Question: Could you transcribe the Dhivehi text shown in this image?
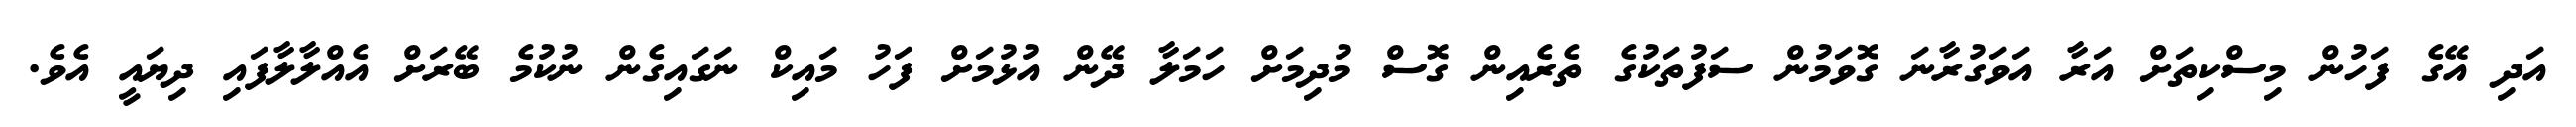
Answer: އަދި އޭގެ ފަހުން މިސްކިތަށް އަރާ އަވަގުރާނަ ގޮވަމުން ސަފުތަކުގެ ތެރެއިން ގޮސް މުދިމަށް ހަމަލާ ދޭން އުޅުމަށް ފަހު މައިކް ނަގައިގެން ނުކުމެ ބޭރަށް އެއްލާލާފައި ދިޔައީ އެވެ.